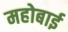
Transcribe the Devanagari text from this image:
महोबाई